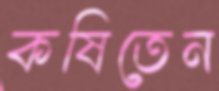
কষিতেন